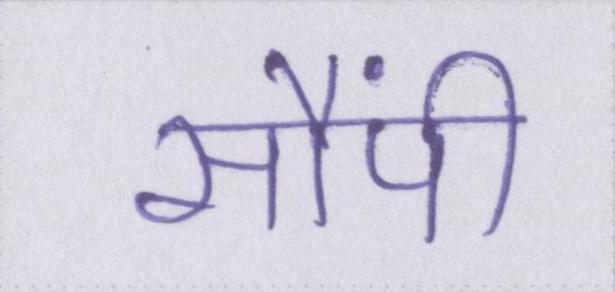
सौंपी